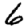
Digit: 6